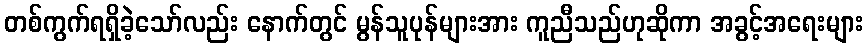
တစ်ကွက်ရရှိခဲ့သော်လည်း နောက်တွင် မွန်သူပုန်များအား ကူညီသည်ဟုဆိုကာ အခွင့်အရေးများ